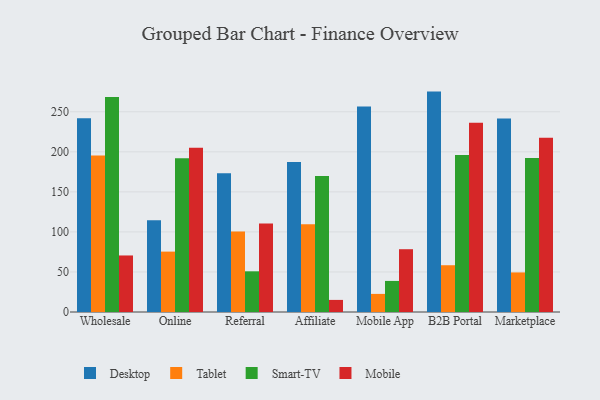
{"axis": {"x": "Channel", "y": "Operating Costs (USD K)"}, "legend": ["Desktop", "Mobile", "Smart-TV", "Tablet"], "data": [{"x": "Wholesale", "y": 241.8, "type": "Desktop"}, {"x": "Wholesale", "y": 195.4, "type": "Tablet"}, {"x": "Wholesale", "y": 268.5, "type": "Smart-TV"}, {"x": "Wholesale", "y": 70.6, "type": "Mobile"}, {"x": "Online", "y": 114.6, "type": "Desktop"}, {"x": "Online", "y": 75.4, "type": "Tablet"}, {"x": "Online", "y": 191.9, "type": "Smart-TV"}, {"x": "Online", "y": 205.1, "type": "Mobile"}, {"x": "Referral", "y": 173.1, "type": "Desktop"}, {"x": "Referral", "y": 100.5, "type": "Tablet"}, {"x": "Referral", "y": 50.8, "type": "Smart-TV"}, {"x": "Referral", "y": 110.6, "type": "Mobile"}, {"x": "Affiliate", "y": 187.2, "type": "Desktop"}, {"x": "Affiliate", "y": 109.6, "type": "Tablet"}, {"x": "Affiliate", "y": 169.8, "type": "Smart-TV"}, {"x": "Affiliate", "y": 15.1, "type": "Mobile"}, {"x": "Mobile App", "y": 256.7, "type": "Desktop"}, {"x": "Mobile App", "y": 22.6, "type": "Tablet"}, {"x": "Mobile App", "y": 38.8, "type": "Smart-TV"}, {"x": "Mobile App", "y": 78.4, "type": "Mobile"}, {"x": "B2B Portal", "y": 275.2, "type": "Desktop"}, {"x": "B2B Portal", "y": 58.4, "type": "Tablet"}, {"x": "B2B Portal", "y": 195.9, "type": "Smart-TV"}, {"x": "B2B Portal", "y": 236.3, "type": "Mobile"}, {"x": "Marketplace", "y": 241.6, "type": "Desktop"}, {"x": "Marketplace", "y": 49.4, "type": "Tablet"}, {"x": "Marketplace", "y": 192.3, "type": "Smart-TV"}, {"x": "Marketplace", "y": 217.6, "type": "Mobile"}]}